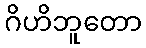
ဂိဟိဘူတော